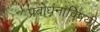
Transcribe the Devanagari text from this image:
प्रबोधनाविषयी